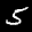
Label: 5